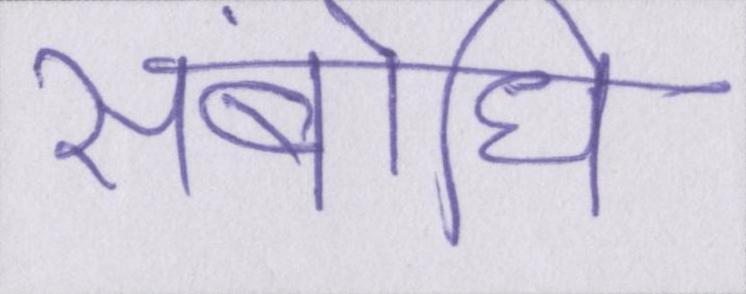
संबोधि